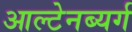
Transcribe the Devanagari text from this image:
आल्टेनब्यर्ग